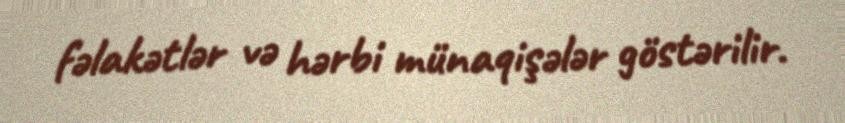
fəlakətlər və hərbi münaqişələr göstərilir.